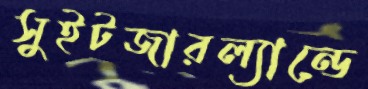
সুইটজারল্যান্ডে